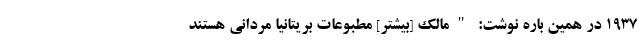
۱۹۳۷ در همین باره نوشت: "مالک [بیشتر] مطبوعات بریتانیا مردانی هستند